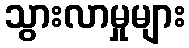
သွားလာမှုများ